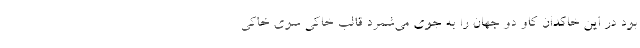
بود در این خاکدان کاو دو جهان را به جوی می‌شمرد قالب خاکی سوی خاکی